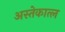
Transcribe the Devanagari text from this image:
अस्तेकात्ल